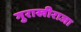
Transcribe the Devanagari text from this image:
गुराखीराजा